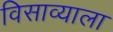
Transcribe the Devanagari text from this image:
विसाव्याला